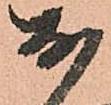
於